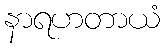
နာရဟတာယံ